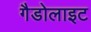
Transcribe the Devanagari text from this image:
गैडोलाइट